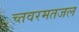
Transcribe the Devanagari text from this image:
च्तवरमतजल